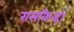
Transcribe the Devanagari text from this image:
रासकिन्हा